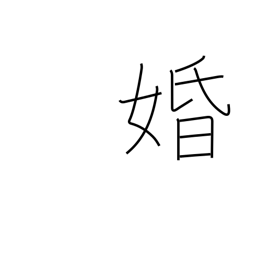
Meaning: marriage